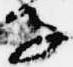
子